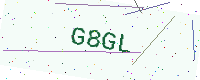
Text: G8GL